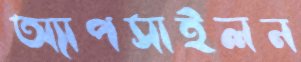
অ্যাপসাইলন